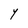
Character: Y